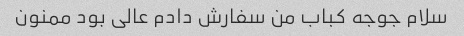
سلام جوجه کباب من سفارش دادم عالی بود ممنون